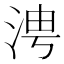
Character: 涄